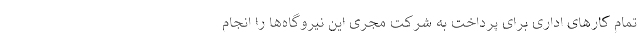
تمام کارهای اداری برای پرداخت به شرکت مجری این نیروگاه‌ها را انجام